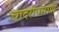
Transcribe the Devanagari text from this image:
चादरीप्रमाणे